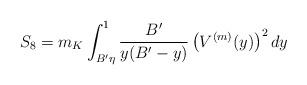
LaTeX: \begin{align*}S_8=m_K \int_{B'\eta}^1 \frac{B'}{y(B'-y)} \left(V^{(m)}(y)\right)^2 dy\end{align*}